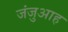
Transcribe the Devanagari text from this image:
जंजुआह